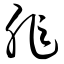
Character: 非